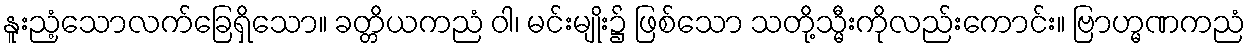
နူးညံ့သောလက်ခြေရှိသော။ ခတ္တိယကညံ ဝါ၊ မင်းမျိုး၌ ဖြစ်သော သတို့သ္မီးကိုလည်းကောင်း။ ဗြာဟ္မဏကညံ